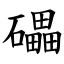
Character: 礧